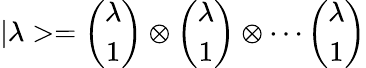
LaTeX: |\lambda>=\left(\begin{array}{c}{{\lambda}}\\ {{1}}\end{array}\right)\otimes\left(\begin{array}{c}{{\lambda}}\\ {{1}}\end{array}\right)\otimes\cdots\left(\begin{array}{c}{{\lambda}}\\ {{1}}\end{array}\right)